Leaving Certificate Examination (including Day School Certificate (Higher) General paper), 1929
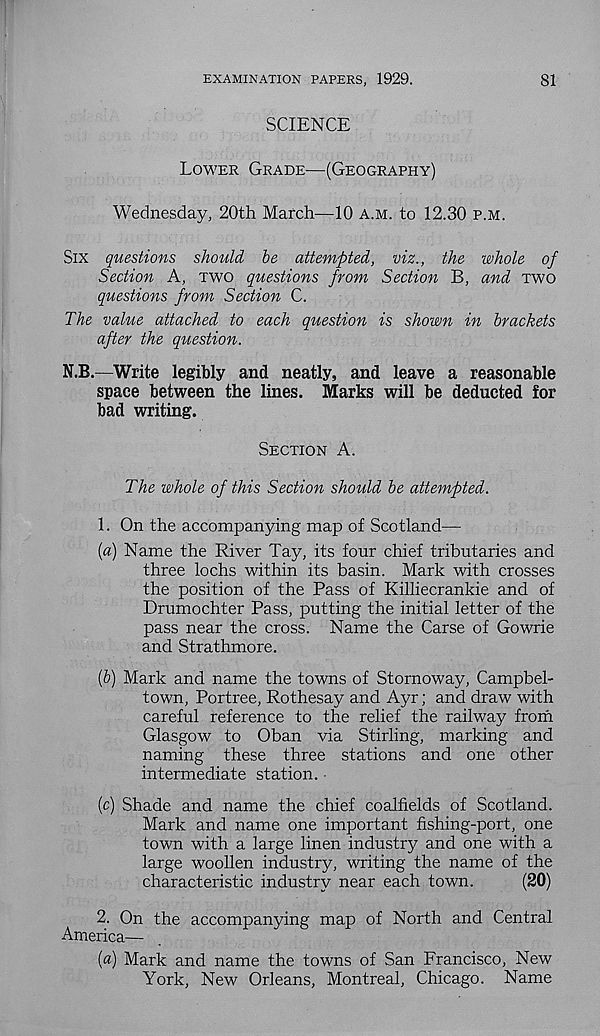
EXAMINATION PAPERS, 1929.
81
SCIENCE
Lower Grade—(Geography)
Wednesday, 20th March—10 a.m. to 12.30 p.m.
Six questions should he attempted, viz., the whole of
Section A, two questions from Section B, and two
questions from Section C.
The value attached to each question is shown in brackets
after the question.
N.B.—Write legibly and neatly, and leave a reasonable
space between the lines. Marks will be deducted for
bad writing.
Section A.
The whole of this Section should be attempted.
1. On the accompanying map of Scotland—
{a) Name the River Tay, its four chief tributaries and
three lochs within its basin. Mark with crosses
the position of the Pass of Killiecrankie and of
Drumochter Pass, putting the initial letter of the
pass near the cross. Name the Carse of Gowrie
and Strathmore.
(&) Mark and name the towns of Stornoway, Campbel-
town, Portree, Rothesay and Ayr; and draw with
careful reference to the relief the railway from
Glasgow to Oban via Stirling, marking and
naming these three stations and one other
intermediate station. ■
(c) Shade and name the chief coalfields of Scotland.
Mark and name one important fishing-port, one
town with a large linen industry and one with a
large woollen industry, writing the name of the
characteristic industry near each town.
(20)
2. On the accompanying map of North and Central
America—
{a) Mark and name the towns of San Francisco, New
York, New Orleans, Montreal, Chicago. Name